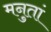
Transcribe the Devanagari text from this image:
मनुतां